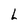
Character: L